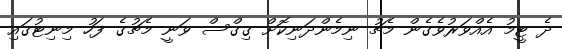
ދެ ޓީމު އެއްވަރުވެގެން މެޗު ނިމެންދަނިކޮށް ގިގްސް ވަނީ މެޗުގެ ފަހު މިނިޓުގައި